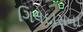
ગિલદાસના